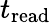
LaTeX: t_{\mathrm{read}}